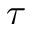
\tau